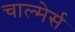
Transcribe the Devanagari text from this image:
चाल्मेर्स